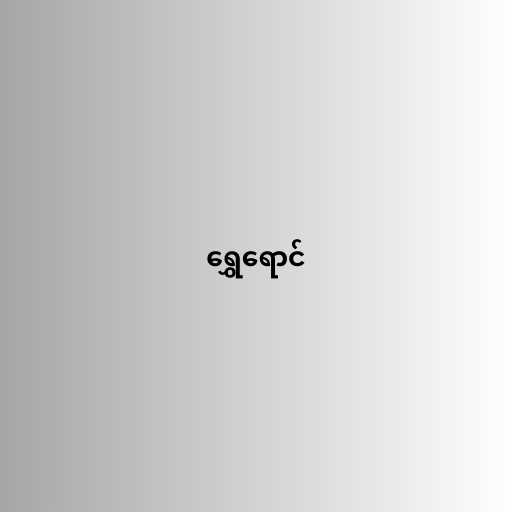
ရွှေရောင်